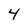
Character: 4